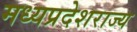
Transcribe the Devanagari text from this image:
मध्यप्रदेशराज्य